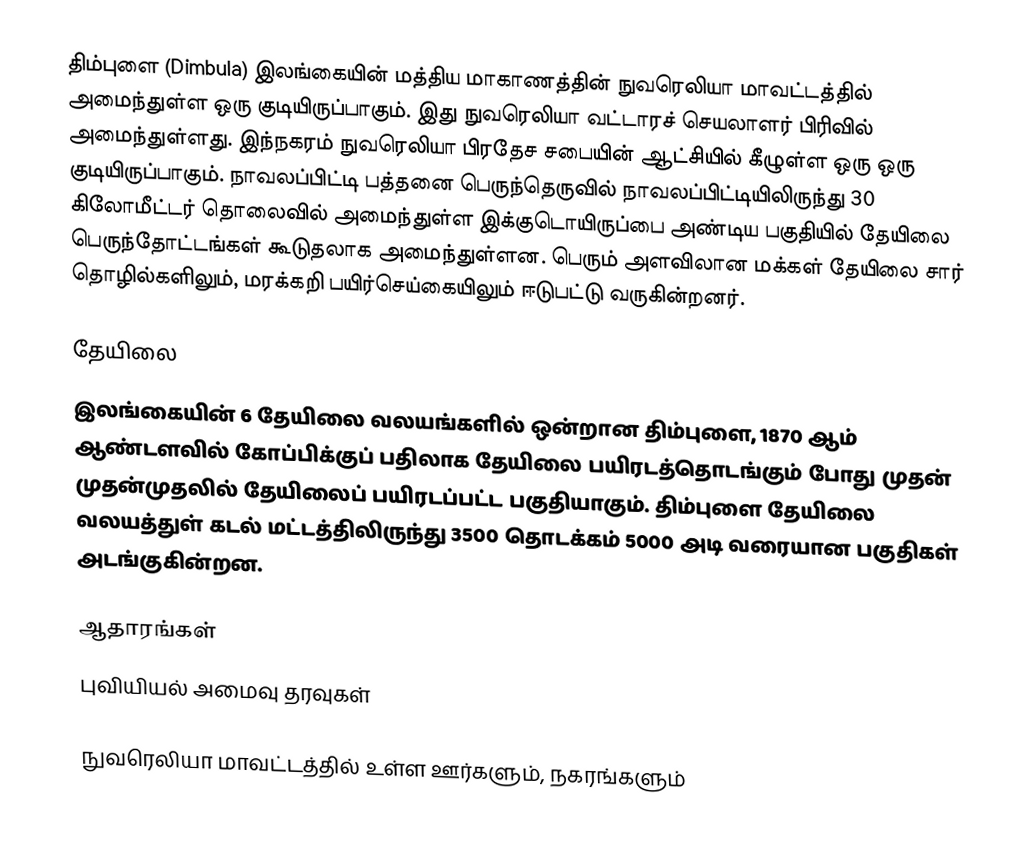
திம்புளை (Dimbula) இலங்கையின் மத்திய மாகாணத்தின் நுவரெலியா மாவட்டத்தில் அமைந்துள்ள ஒரு குடியிருப்பாகும். இது நுவரெலியா வட்டாரச் செயலாளர் பிரிவில் அமைந்துள்ளது. இந்நகரம் நுவரெலியா பிரதேச சபையின் ஆட்சியில் கீழுள்ள ஒரு ஒரு குடியிருப்பாகும். நாவலப்பிட்டி பத்தனை பெருந்தெருவில் நாவலப்பிட்டியிலிருந்து 30 கிலோமீட்டர் தொலைவில் அமைந்துள்ள இக்குடொயிருப்பை அண்டிய பகுதியில் தேயிலை பெருந்தோட்டங்கள் கூடுதலாக அமைந்துள்ளன. பெரும் அளவிலான மக்கள் தேயிலை சார் தொழில்களிலும், மரக்கறி பயிர்செய்கையிலும் ஈடுபட்டு வருகின்றனர்.

தேயிலை
இலங்கையின் 6 தேயிலை வலயங்களில் ஒன்றான திம்புளை, 1870 ஆம் ஆண்டளவில் கோப்பிக்குப் பதிலாக தேயிலை பயிரடத்தொடங்கும் போது முதன் முதன்முதலில் தேயிலைப் பயிரடப்பட்ட பகுதியாகும். திம்புளை தேயிலை வலயத்துள் கடல் மட்டத்திலிருந்து 3500 தொடக்கம் 5000 அடி வரையான பகுதிகள் அடங்குகின்றன.

ஆதாரங்கள்
புவியியல் அமைவு தரவுகள்

நுவரெலியா மாவட்டத்தில் உள்ள ஊர்களும், நகரங்களும்